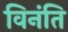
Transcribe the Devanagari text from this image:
विनंति